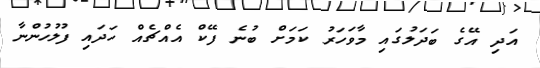
އަދި އޭގެ ބަދަލުގައި މާވަހަރު ކަމަށް ބުނެ ފޭކް އެއްޗެއް ހަދައި ފުލުހުންނާ